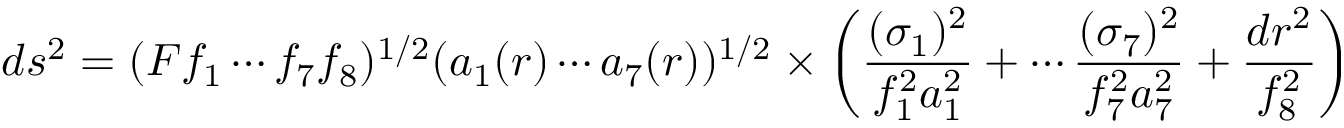
d s ^ { 2 } = ( F f _ { 1 } \cdots f _ { 7 } f _ { 8 } ) ^ { 1 / 2 } ( a _ { 1 } ( r ) \cdots a _ { 7 } ( r ) ) ^ { 1 / 2 } \times \left( { \frac { ( \sigma _ { 1 } ) ^ { 2 } } { f _ { 1 } ^ { 2 } a _ { 1 } ^ { 2 } } } + \cdots { \frac { ( \sigma _ { 7 } ) ^ { 2 } } { f _ { 7 } ^ { 2 } a _ { 7 } ^ { 2 } } } + { \frac { d r ^ { 2 } } { f _ { 8 } ^ { 2 } } } \right)